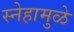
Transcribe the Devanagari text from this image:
स्नेहामुळे